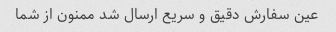
عین سفارش دقیق و سریع ارسال شد ممنون از شما